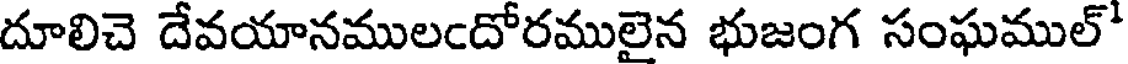
దూలిచె దేవయానములందోరములైన భుజంగ సంఘముల్'